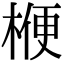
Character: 楩